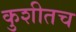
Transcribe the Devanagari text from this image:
कुशीतच